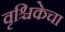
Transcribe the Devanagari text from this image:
वृश्चिकेचा